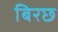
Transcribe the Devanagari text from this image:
बिरछ